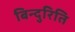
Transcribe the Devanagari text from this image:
बिन्दुरिति